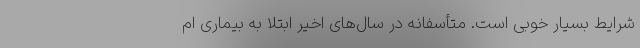
شرایط بسیار خوبی است. متأسفانه در سال‌های اخیر ابتلا به بیماری ام